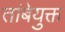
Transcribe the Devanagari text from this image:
तांबेयुक्त